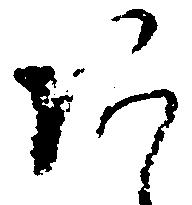
あ